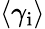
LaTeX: \langle\gamma_{\mathrm{i}}\rangle